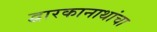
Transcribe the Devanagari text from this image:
द्वारकानाथांचा